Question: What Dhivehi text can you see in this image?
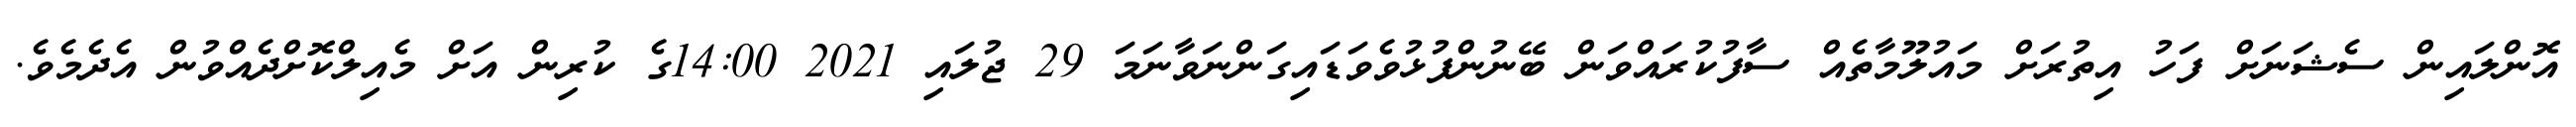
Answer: އޮންލައިން ސެޝަނަށް ފަހު އިތުރަށް މައުލޫމާތެއް ސާފުކުރައްވަން ބޭނުންފުޅުވެވަޑައިގަންނަވާނަމަ 29 ޖުލައި 2021 14:00ގެ ކުރިން އަށް މެއިލްކޮށްދެއްވުން އެދެމެވެ.